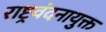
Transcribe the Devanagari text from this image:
राष्ट्रवंदनायुक्त